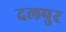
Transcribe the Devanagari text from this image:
दलपुर